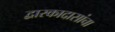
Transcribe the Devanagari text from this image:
द्वारकादासांचा